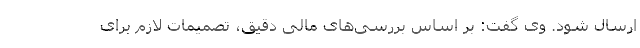
ارسال شود. وی گفت: بر اساس بررسی‌های مالی دقیق، تصمیمات لازم برای